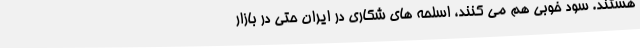
هستند. سود خوبی هم می کنند، اسلحه های شکاری در ایران حتی در بازار